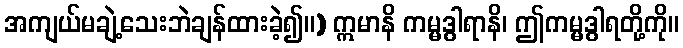
အကျယ်မချဲ့သေးဘဲချန်ထားခဲ့၍။) ဣမာနိ ကမ္မဒွါရာနိ၊ ဤကမ္မဒွါရတို့ကို။